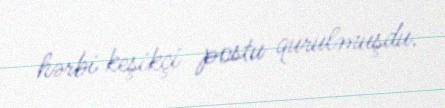
hərbi keşikçi postu qurulmuşdu.